Scottish Leaving Certificate Examination, 1959
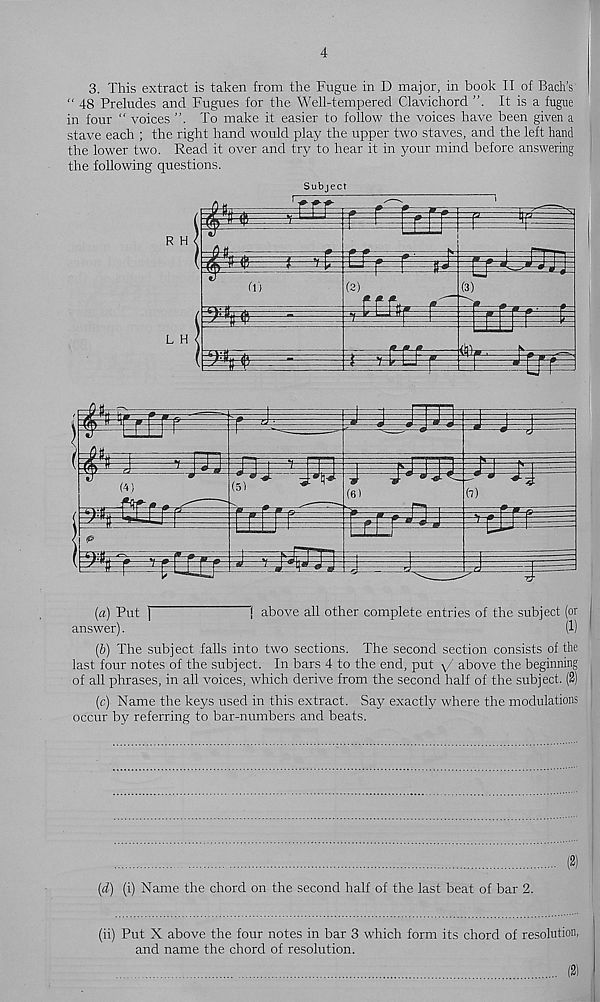
4
3. This extract is taken from the Fugue in D major, in book II of Bach’s
“ 48 Preludes and Fugues for the Well-tempered Clavichord
It is a fugue
in four “ voices
To make it easier to follow the voices have been given a
stave each ; the right hand would play the upper two staves, and the left hand
the lower two. Read it over and try to hear it in your mind before answering
the following questions.
Subject
(a) Put ]
i above all other complete entries of the subject (or
answer).
(1)
(b) The subject falls into two sections. The second section consists of the
last four notes of the subject. In bars 4 to the end, put \/ above the beginning
of all phrases, in all voices, which derive from the second half of the subject. (2)
(c) Name the keys used in this extract. Say exactly where the modulations
occur by referring to bar-numbers and beats.
(d) (i) Name the chord on the second half of the last beat of bar 2.
(ii) Put X above the four notes in bar 3 which form its chord of resolution,
and name the chord of resolution.